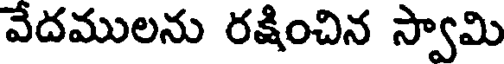
వేదములను రక్షించిన స్వామి